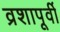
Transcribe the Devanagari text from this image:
व्रशापूर्वी